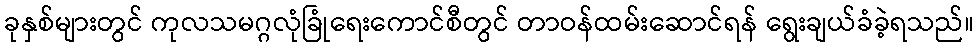
ခုနှစ်များတွင် ကုလသမဂ္ဂလုံခြုံရေးကောင်စီတွင် တာဝန်ထမ်းဆောင်ရန် ရွေးချယ်ခံခဲ့ရသည်။